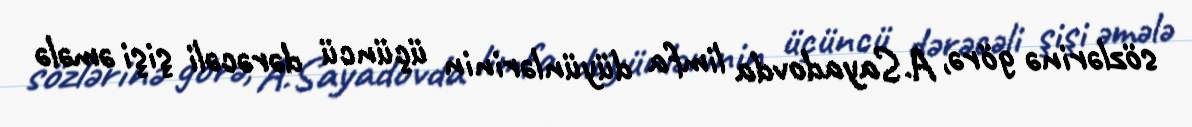
sözlərinə görə, A.Sayadovda limfa düyünlərinin üçüncü dərəcəli şişi əmələ